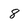
Character: 8